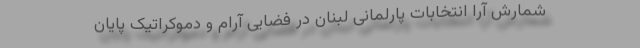
شمارش آرا انتخابات پارلمانی لبنان در فضایی آرام و دموکراتیک پایان